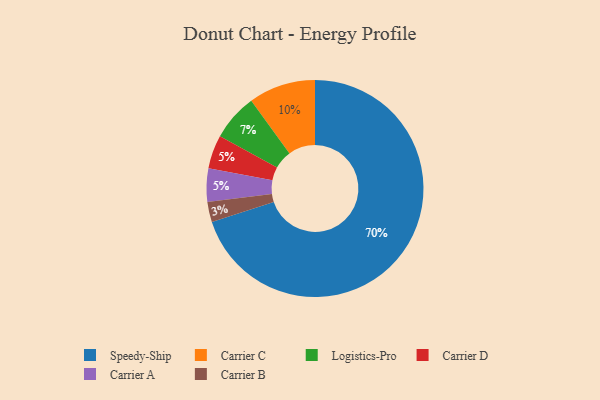
{"axis": {"x": "Category", "y": "Percentage"}, "legend": ["Carrier A", "Carrier B", "Carrier C", "Carrier D", "Logistics-Pro", "Speedy-Ship"], "data": [{"x": "Carrier C", "y": 10, "type": "Carrier C"}, {"x": "Carrier B", "y": 3, "type": "Carrier B"}, {"x": "Logistics-Pro", "y": 7, "type": "Logistics-Pro"}, {"x": "Carrier D", "y": 5, "type": "Carrier D"}, {"x": "Carrier A", "y": 5, "type": "Carrier A"}, {"x": "Speedy-Ship", "y": 70, "type": "Speedy-Ship"}]}